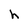
Character: h